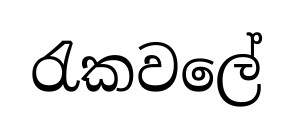
රැකවලේ